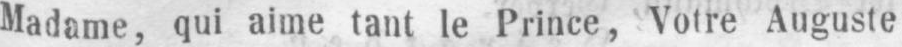
Madame, qui aime tant le Prince, Votre Auguste